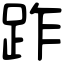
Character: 䟭